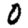
Digit: 0